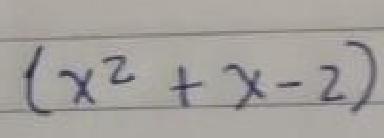
$(x^{2}+x - 2)$